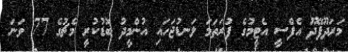
މަރަދޫފޭދޫ އެފްސީ އެޓީމުގެ ފުރަތަމަ ލަނޑުޖަހައި އުންމީދު ބޮޑުކުރީ މެޗުގެ 77 ވަނަ